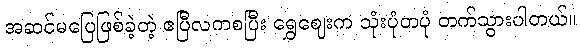
အဆင်မပြေဖြစ်ခဲ့တဲ့ ဧပြီလကစပြီး ရွှေဈေးက သုံးပုံတပုံ တက်သွားပါတယ်။